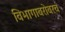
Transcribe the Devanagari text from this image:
विभागाबरोबरच